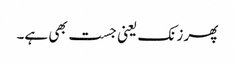
پھر زنک یعنی جست بھی ہے۔